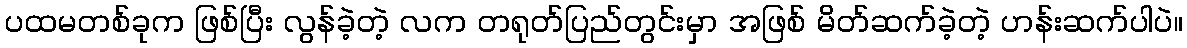
ပထမတစ်ခုက ဖြစ်ပြီး လွန်ခဲ့တဲ့ လက တရုတ်ပြည်တွင်းမှာ အဖြစ် မိတ်ဆက်ခဲ့တဲ့ ဟန်းဆက်ပါပဲ။